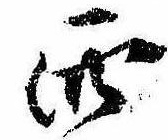
西